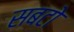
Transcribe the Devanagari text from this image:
सबटो